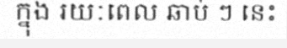
ក្នុង រយៈពេល ឆាប់ ៗ នេះ